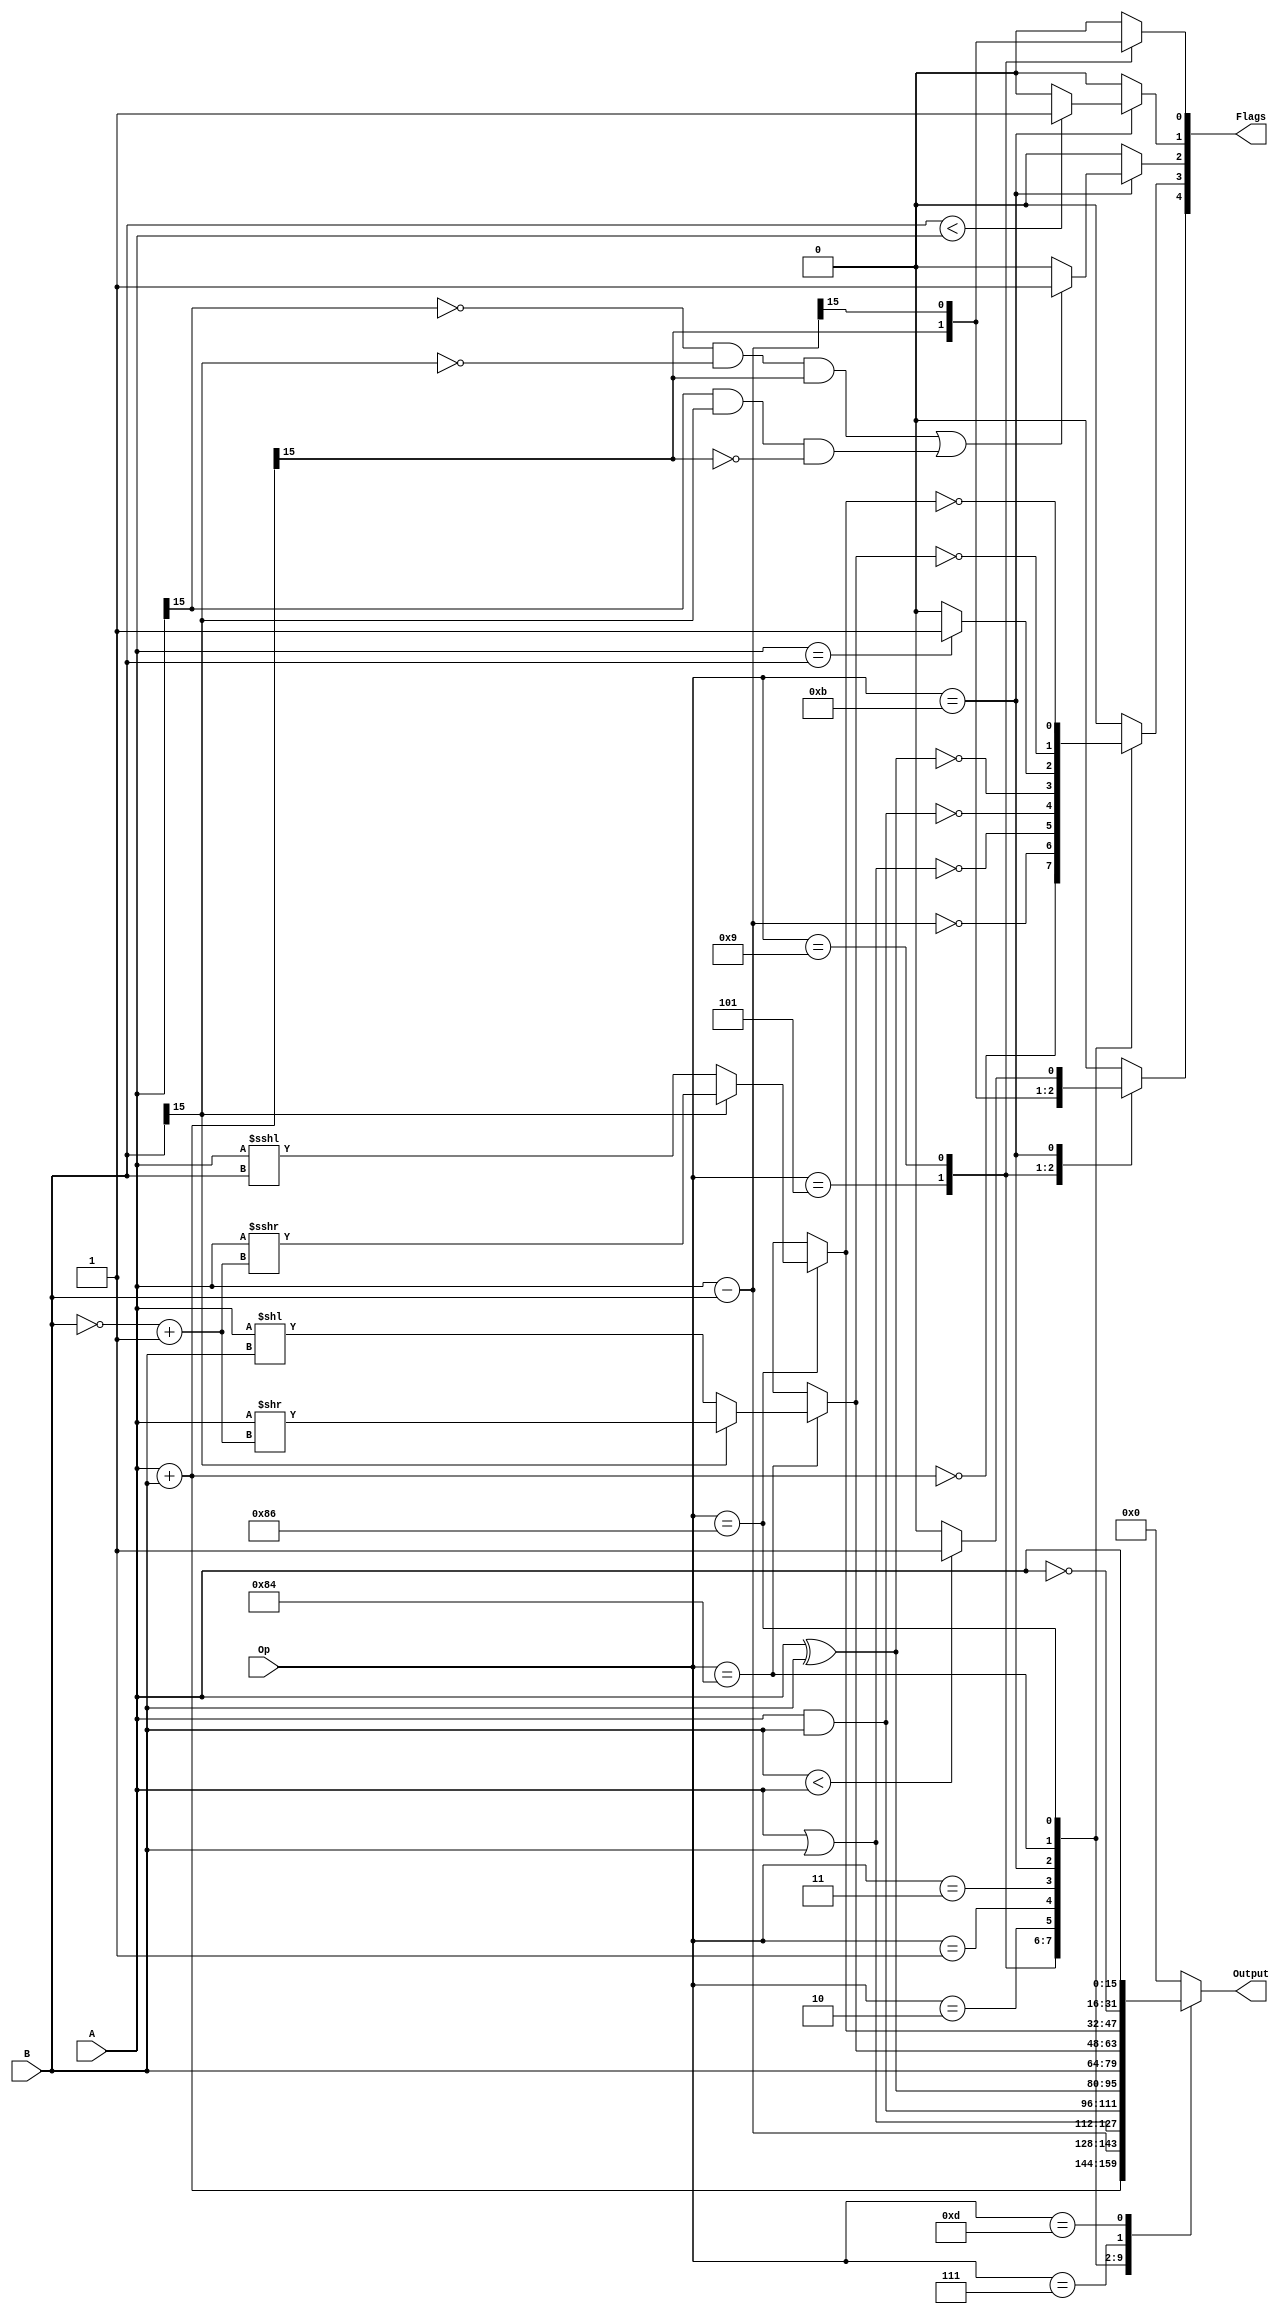
module ALU(A, B, Op, Flags, Output);

input [15:0] A,B; // 16-bits Inputs
input [7:0] Op;	// Op-code selection

// Flags[0] - the Carry bit
// Flags[1] - The Low flag is set by comparison operations. L is set to 1 if the Rdest operand is less than the Rsrc operand when they are both interpreted as unsigned numbers.
// Flags[2] - The Flag bit is used by arithmetic operations to signal arithmetic overflow. 
// Flags[3] - the Z bit is set by the comparison operation. It is set to 1 if the two operands are equal, and is cleared otherwise
// Flags[4] - The Negative bit is set by the comparison operation. It is set to 1 if the Rdest operand is less than the Rsrc operand when both are considered to be signed integers.
output reg [4:0] Flags;
output reg [15:0] Output;	// ALU output

reg [15:0] cmp_temp;

// Parameters:
parameter ADD = 	8'b00000101;
parameter SUB =  	8'b00001001;
parameter OR = 	8'b00000010;
parameter AND = 	8'b00000001;
parameter XOR = 	8'b00000011;
parameter CMP = 	8'b00001011;
parameter MOV = 	8'b00001101;
parameter LSH = 	8'b10000100;
parameter ASHU = 	8'b10000110;
parameter NOT	=	8'b00000111;


always @(A, B, Op)
	begin
		case(Op)
		ADD: 
		begin		
			Output	= A + B;
			Flags[0] = Output[15];
			Flags[1] = 0;
			Flags[2] = 0;
			Flags[3] = (Output == 0);
			Flags[4] = Output[15];
		end
		SUB:
		begin
			Output = A - B; 
			Flags[0] = Output[15];
			Flags[1] = 0;
			Flags[2] = 0;
			Flags[3] = (Output == 0);
			Flags[4] = Output[15];
		end
		OR: 
		begin
			Output = A | B;
			Flags[0] = 0;
			Flags[1] = 0;
			Flags[2] = 0;
			Flags[3] = (Output == 0);
			Flags[4] = 0;
		end
		
		AND:
			begin
				Output = A & B;
				Flags[0] = 0;
				Flags[1] = 0;
				Flags[2] = 0;
				Flags[3] = (Output == 0);
				Flags[4] = 0;
			end
			
		XOR:
			begin
				Output = A ^ B;
				Flags[0] = 0;
				Flags[1] = 0;
				Flags[2] = 0;
				Flags[3] = (Output == 0);
				Flags[4] = 0;
			end
			
		CMP:
		begin
			//Add for flag checks
			cmp_temp = A + B;
			Output = B;
			Flags[0] = 0;
			//if Rdest operand < Rsrc as UNSIGNED numbers
			if(B < A)
				Flags[1] = 1;
			else
				Flags[1] = 0;
			//arithmetic overflow
			if((A[15] == 0 && B[15] == 0 && cmp_temp[15] == 1) ||
				A[15] == 1 && B[15] == 1 && cmp_temp[15] == 0) 
				Flags[2] = 1;
			else
				Flags[2] = 0;
			//if two operands are equal, cleared otherwise
			if(A == B)
				Flags[3] = 1;
			else
				Flags[3] = 0;				
			//Negative bit as SIGNED numbers
			if($signed(B) < $signed(A))
				Flags[4] = 1;
			else
				Flags[4] = 0;
		end
		
		LSH:
		begin	
				// if negative
				if(B[15] == 1)
					Output = A >> (~B + 1);
				else
					Output = A << B;
				Flags[0] = 0;
				Flags[1] = 0;
				Flags[2] = 0;
				Flags[3] = (Output == 0);
				Flags[4] = 0;
		end
		
		ASHU:
		begin	
				if(B[15] == 1)
					Output = $signed(A) >>> (~B + 1);
				else
					Output = $signed(A) <<< B;
				Flags[0] = 0;
				Flags[1] = 0;
				Flags[2] = 0;
				Flags[3] = (Output == 0);
				Flags[4] = 0;
		end
		
		NOT:
		begin	
				Output = ~A;
				Flags[0] = 0;
				Flags[1] = 0;
				Flags[2] = 0;
				Flags[3] = 0;
				Flags[4] = 0;
		end
		
		
		
		MOV:
		begin	
				Output = A;
				Flags[0] = 0;
				Flags[1] = 0;
				Flags[2] = 0;
				Flags[3] = 0;
				Flags[4] = 0;
		end
		
		default:
			begin
				Output = 16'b0;
				Flags[0] = 0;
				Flags[1] = 0;
				Flags[2] = 0;
				Flags[3] = 0;
				Flags[4] = 0;
			end
		endcase
	end
endmodule